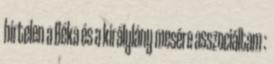
hirtelen a Béka és a királylány mesére asszociáltam :